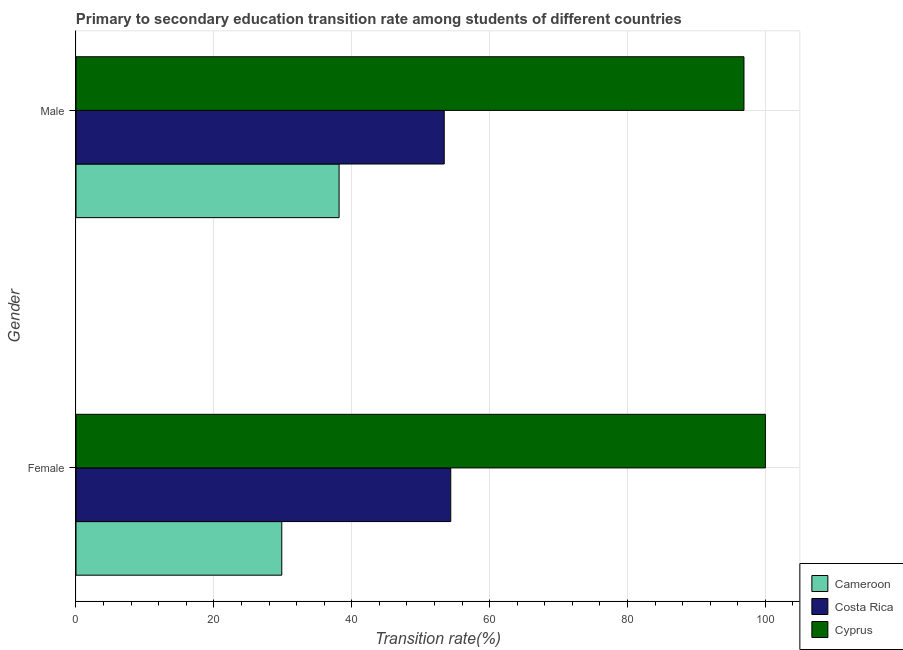
| Gender | Cameroon | Costa Rica | Cyprus |
 | --- | --- | --- | --- |
 | Female | 29.9 | 54.4 | 100 |
 | Male | 38.2 | 53.4 | 96.9 |